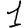
Digit: 1